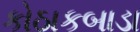
કોઠાકબાડા